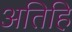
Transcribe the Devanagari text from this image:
अतिहि